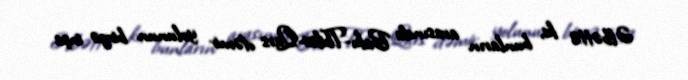
Əlbəttə ki, bunların arasında Bakı-Tbilisi-Qars dəmir yolunun birgə inşa